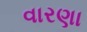
વારણા